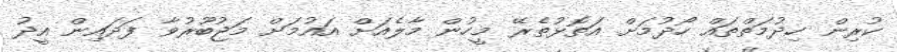
ކުރިން ހިދުމަތްތައް ހޯދުމަށް އަތޮޅުތެރޭ މީހުން މާލެއަށް އައުމަށް މަޖުބޫރުވާ ފަދައިން އީދު